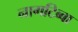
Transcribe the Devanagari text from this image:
नागटिब्बा